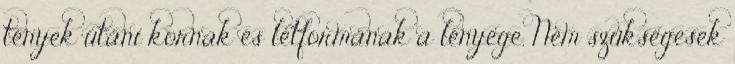
tények utáni kornak és létformának a lényege. Nem szükségesek